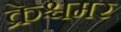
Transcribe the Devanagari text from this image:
क्रेश्चमर